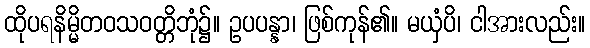
ထိုပရနိမ္မိတဝသဝတ္တိဘုံ၌။ ဥပပန္နာ၊ ဖြစ်ကုန်၏။ မယှံပိ၊ ငါအားလည်း။